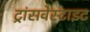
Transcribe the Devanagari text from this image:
ट्रांसवेस्टाइट